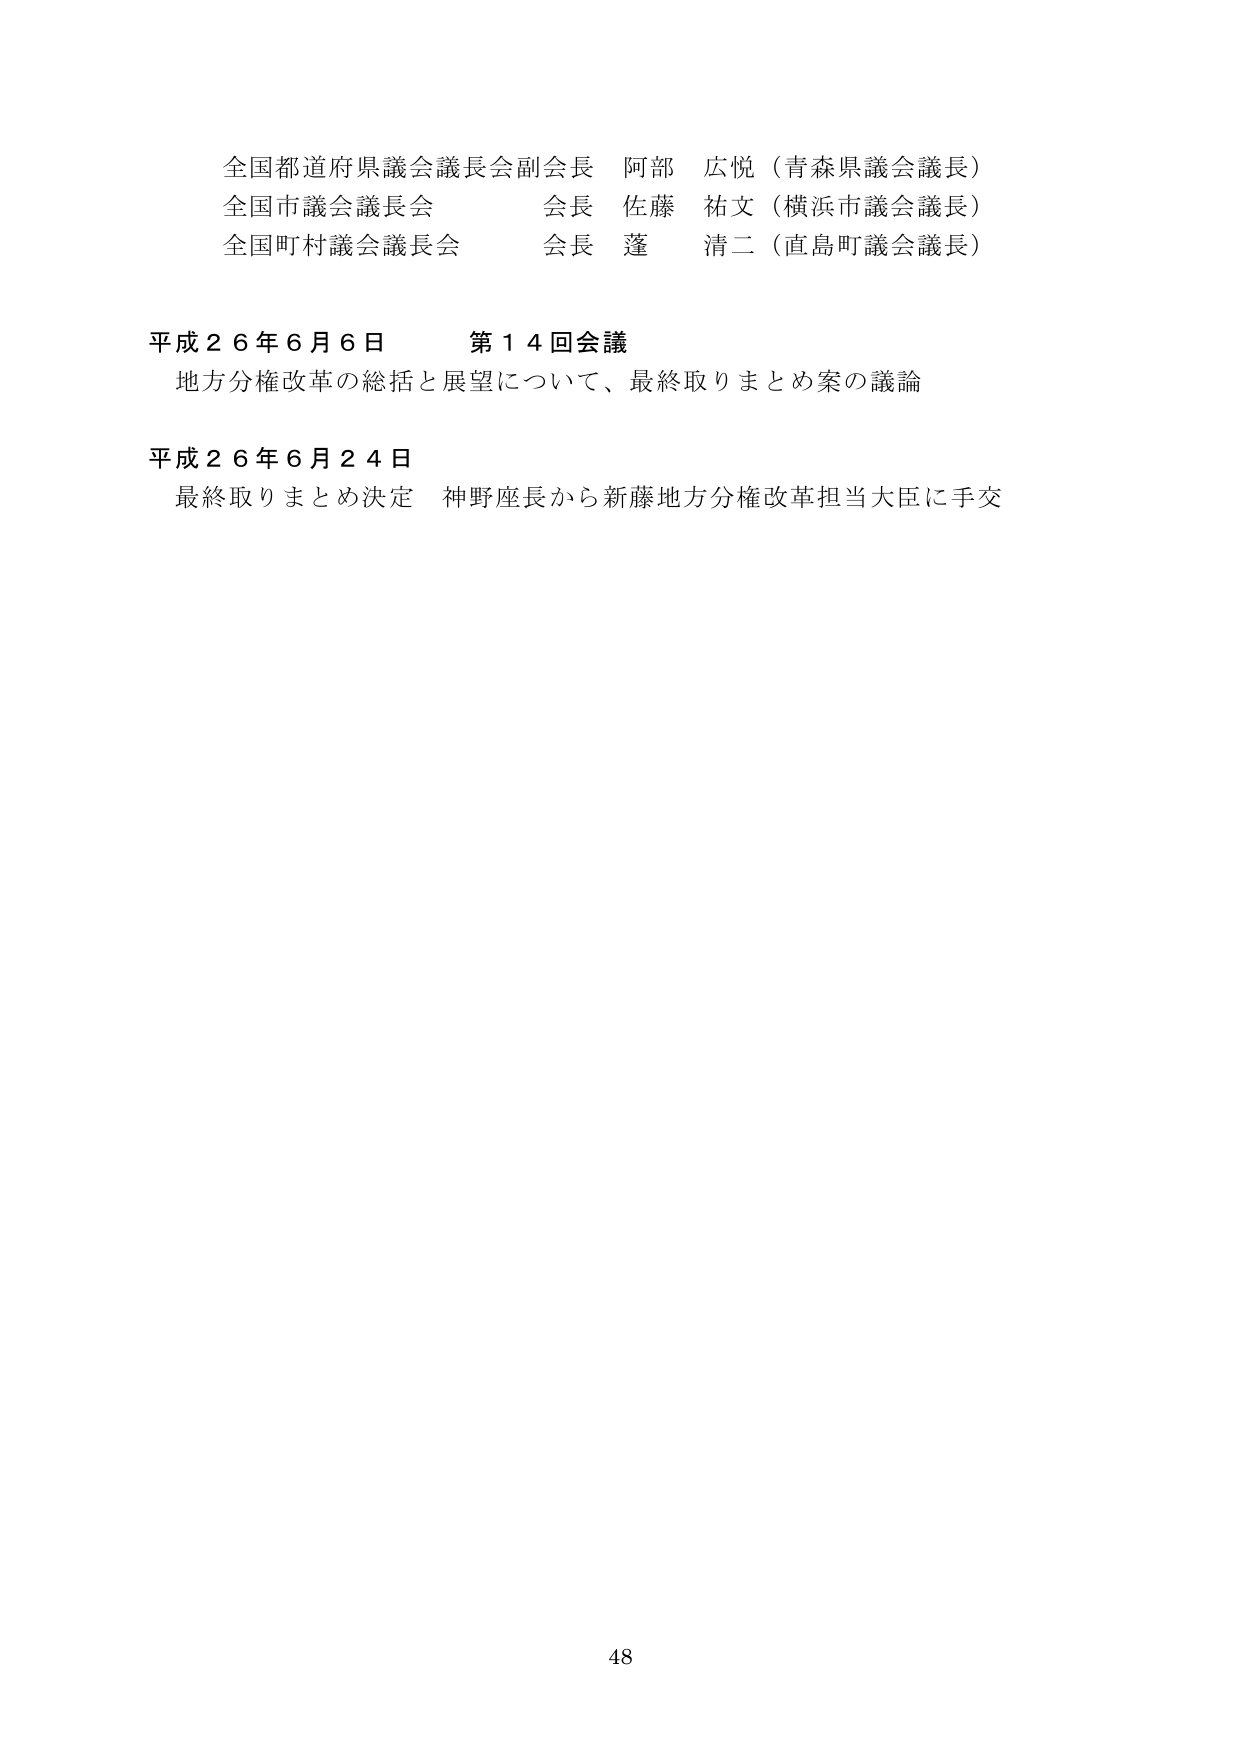
全国都道府県議会議長会副会長 阿部 広悦（青森県議会議長）
全国市議会議長会 会長 佐藤 祐文（横浜市議会議長）
全国町村議会議長会 会長 蓬 清二（直島町議会議長）

平成２６年６月６日 第１４回会議
地方分権改革の総括と展望について、最終取りまとめ案の議論

平成２６年６月２４日
最終取りまとめ決定 神野座長から新藤地方分権改革担当大臣に手交

48